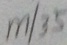
m \vert 3 5